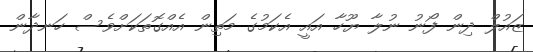
ޒައުލް ދިން ފޯނު ނުލާ ޔޫހާ އައީ އެކަމުގެ މަތިން އެއްގޮތަކަށްވެސް ހަނދާން